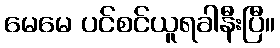
မေမေ ပင်စင်ယူရခါနီးပြီ။